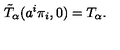
\tilde { T } _ { \alpha } ( a ^ { i } \pi _ { i } , 0 ) = T _ { \alpha } .